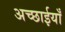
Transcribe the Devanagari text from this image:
अच्छाईयाँ